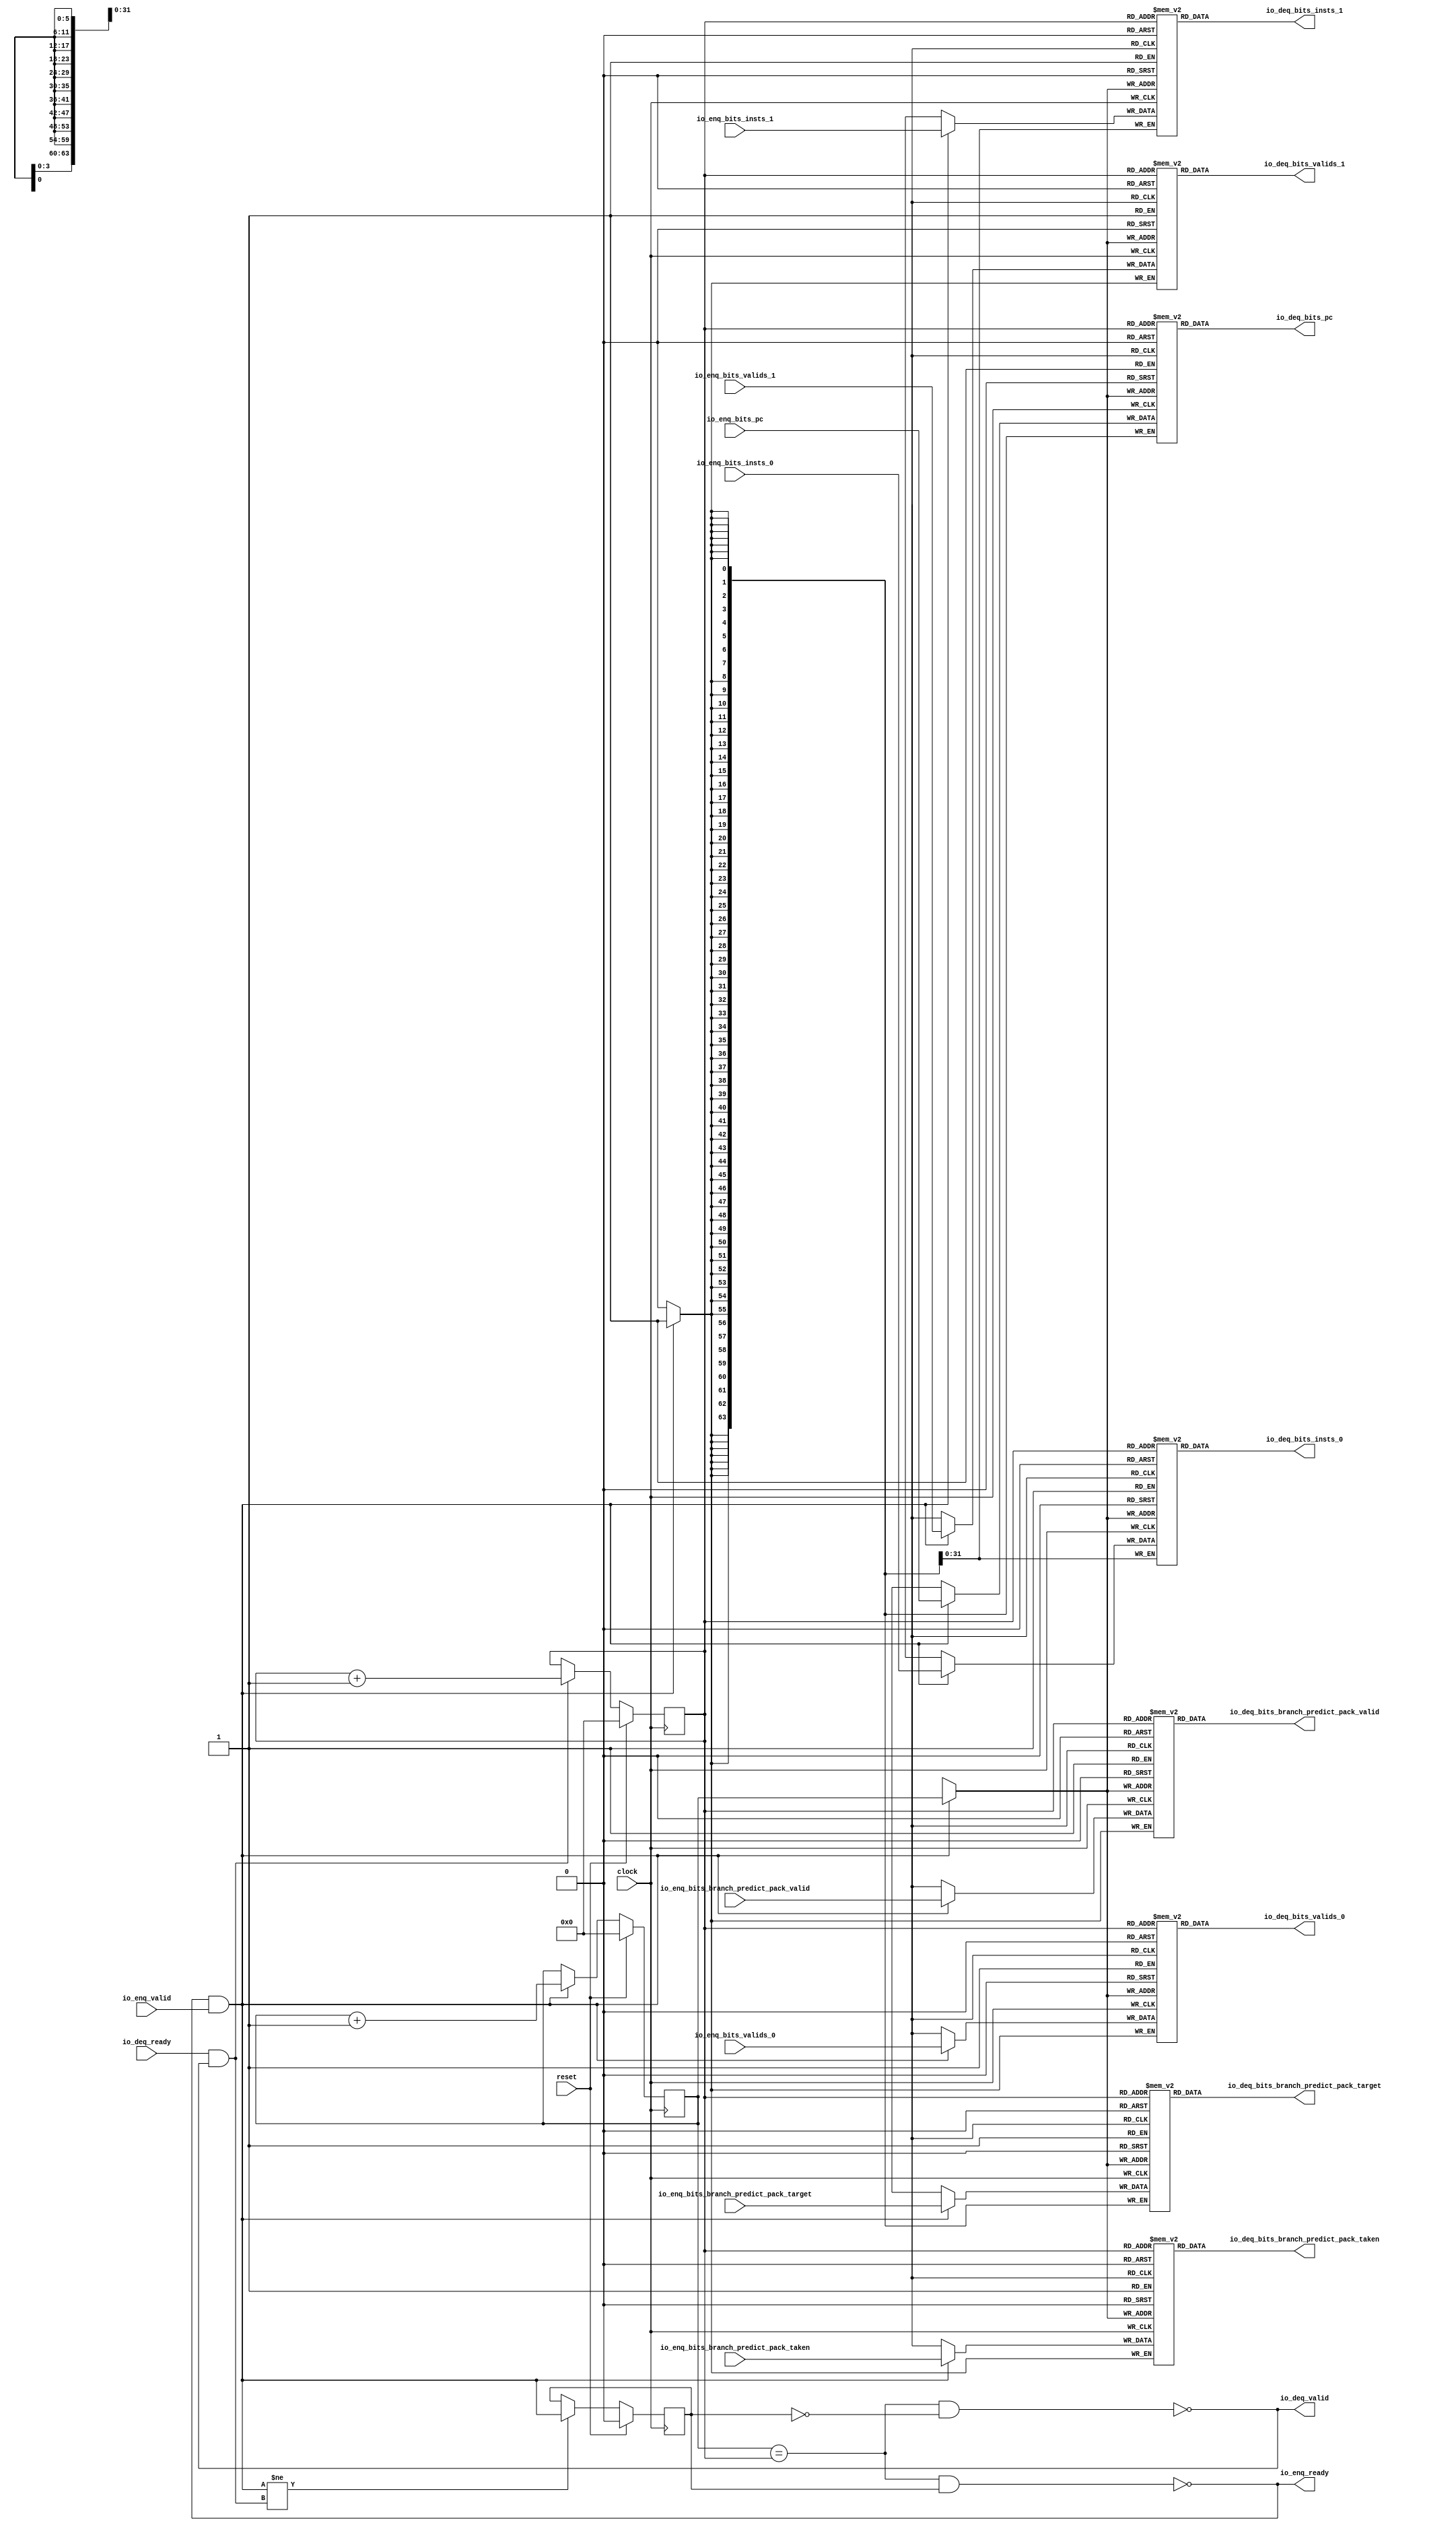
module Queue(
  input         clock,
  input         reset,
  output        io_enq_ready,
  input         io_enq_valid,
  input         io_enq_bits_valids_0,
  input         io_enq_bits_valids_1,
  input  [63:0] io_enq_bits_pc,
  input  [31:0] io_enq_bits_insts_0,
  input  [31:0] io_enq_bits_insts_1,
  input         io_enq_bits_branch_predict_pack_valid,
  input  [63:0] io_enq_bits_branch_predict_pack_target,
  input         io_enq_bits_branch_predict_pack_taken,
  input         io_deq_ready,
  output        io_deq_valid,
  output        io_deq_bits_valids_0,
  output        io_deq_bits_valids_1,
  output [63:0] io_deq_bits_pc,
  output [31:0] io_deq_bits_insts_0,
  output [31:0] io_deq_bits_insts_1,
  output        io_deq_bits_branch_predict_pack_valid,
  output [63:0] io_deq_bits_branch_predict_pack_target,
  output        io_deq_bits_branch_predict_pack_taken
);
`ifdef RANDOMIZE_MEM_INIT
  reg [31:0] _RAND_0;
  reg [31:0] _RAND_1;
  reg [63:0] _RAND_2;
  reg [31:0] _RAND_3;
  reg [31:0] _RAND_4;
  reg [31:0] _RAND_5;
  reg [63:0] _RAND_6;
  reg [31:0] _RAND_7;
`endif // RANDOMIZE_MEM_INIT
`ifdef RANDOMIZE_REG_INIT
  reg [31:0] _RAND_8;
  reg [31:0] _RAND_9;
  reg [31:0] _RAND_10;
`endif // RANDOMIZE_REG_INIT
  reg  ram_valids_0 [0:63]; // @[Decoupled.scala 275:95]
  wire  ram_valids_0_io_deq_bits_MPORT_en; // @[Decoupled.scala 275:95]
  wire [5:0] ram_valids_0_io_deq_bits_MPORT_addr; // @[Decoupled.scala 275:95]
  wire  ram_valids_0_io_deq_bits_MPORT_data; // @[Decoupled.scala 275:95]
  wire  ram_valids_0_MPORT_data; // @[Decoupled.scala 275:95]
  wire [5:0] ram_valids_0_MPORT_addr; // @[Decoupled.scala 275:95]
  wire  ram_valids_0_MPORT_mask; // @[Decoupled.scala 275:95]
  wire  ram_valids_0_MPORT_en; // @[Decoupled.scala 275:95]
  reg  ram_valids_1 [0:63]; // @[Decoupled.scala 275:95]
  wire  ram_valids_1_io_deq_bits_MPORT_en; // @[Decoupled.scala 275:95]
  wire [5:0] ram_valids_1_io_deq_bits_MPORT_addr; // @[Decoupled.scala 275:95]
  wire  ram_valids_1_io_deq_bits_MPORT_data; // @[Decoupled.scala 275:95]
  wire  ram_valids_1_MPORT_data; // @[Decoupled.scala 275:95]
  wire [5:0] ram_valids_1_MPORT_addr; // @[Decoupled.scala 275:95]
  wire  ram_valids_1_MPORT_mask; // @[Decoupled.scala 275:95]
  wire  ram_valids_1_MPORT_en; // @[Decoupled.scala 275:95]
  reg [63:0] ram_pc [0:63]; // @[Decoupled.scala 275:95]
  wire  ram_pc_io_deq_bits_MPORT_en; // @[Decoupled.scala 275:95]
  wire [5:0] ram_pc_io_deq_bits_MPORT_addr; // @[Decoupled.scala 275:95]
  wire [63:0] ram_pc_io_deq_bits_MPORT_data; // @[Decoupled.scala 275:95]
  wire [63:0] ram_pc_MPORT_data; // @[Decoupled.scala 275:95]
  wire [5:0] ram_pc_MPORT_addr; // @[Decoupled.scala 275:95]
  wire  ram_pc_MPORT_mask; // @[Decoupled.scala 275:95]
  wire  ram_pc_MPORT_en; // @[Decoupled.scala 275:95]
  reg [31:0] ram_insts_0 [0:63]; // @[Decoupled.scala 275:95]
  wire  ram_insts_0_io_deq_bits_MPORT_en; // @[Decoupled.scala 275:95]
  wire [5:0] ram_insts_0_io_deq_bits_MPORT_addr; // @[Decoupled.scala 275:95]
  wire [31:0] ram_insts_0_io_deq_bits_MPORT_data; // @[Decoupled.scala 275:95]
  wire [31:0] ram_insts_0_MPORT_data; // @[Decoupled.scala 275:95]
  wire [5:0] ram_insts_0_MPORT_addr; // @[Decoupled.scala 275:95]
  wire  ram_insts_0_MPORT_mask; // @[Decoupled.scala 275:95]
  wire  ram_insts_0_MPORT_en; // @[Decoupled.scala 275:95]
  reg [31:0] ram_insts_1 [0:63]; // @[Decoupled.scala 275:95]
  wire  ram_insts_1_io_deq_bits_MPORT_en; // @[Decoupled.scala 275:95]
  wire [5:0] ram_insts_1_io_deq_bits_MPORT_addr; // @[Decoupled.scala 275:95]
  wire [31:0] ram_insts_1_io_deq_bits_MPORT_data; // @[Decoupled.scala 275:95]
  wire [31:0] ram_insts_1_MPORT_data; // @[Decoupled.scala 275:95]
  wire [5:0] ram_insts_1_MPORT_addr; // @[Decoupled.scala 275:95]
  wire  ram_insts_1_MPORT_mask; // @[Decoupled.scala 275:95]
  wire  ram_insts_1_MPORT_en; // @[Decoupled.scala 275:95]
  reg  ram_branch_predict_pack_valid [0:63]; // @[Decoupled.scala 275:95]
  wire  ram_branch_predict_pack_valid_io_deq_bits_MPORT_en; // @[Decoupled.scala 275:95]
  wire [5:0] ram_branch_predict_pack_valid_io_deq_bits_MPORT_addr; // @[Decoupled.scala 275:95]
  wire  ram_branch_predict_pack_valid_io_deq_bits_MPORT_data; // @[Decoupled.scala 275:95]
  wire  ram_branch_predict_pack_valid_MPORT_data; // @[Decoupled.scala 275:95]
  wire [5:0] ram_branch_predict_pack_valid_MPORT_addr; // @[Decoupled.scala 275:95]
  wire  ram_branch_predict_pack_valid_MPORT_mask; // @[Decoupled.scala 275:95]
  wire  ram_branch_predict_pack_valid_MPORT_en; // @[Decoupled.scala 275:95]
  reg [63:0] ram_branch_predict_pack_target [0:63]; // @[Decoupled.scala 275:95]
  wire  ram_branch_predict_pack_target_io_deq_bits_MPORT_en; // @[Decoupled.scala 275:95]
  wire [5:0] ram_branch_predict_pack_target_io_deq_bits_MPORT_addr; // @[Decoupled.scala 275:95]
  wire [63:0] ram_branch_predict_pack_target_io_deq_bits_MPORT_data; // @[Decoupled.scala 275:95]
  wire [63:0] ram_branch_predict_pack_target_MPORT_data; // @[Decoupled.scala 275:95]
  wire [5:0] ram_branch_predict_pack_target_MPORT_addr; // @[Decoupled.scala 275:95]
  wire  ram_branch_predict_pack_target_MPORT_mask; // @[Decoupled.scala 275:95]
  wire  ram_branch_predict_pack_target_MPORT_en; // @[Decoupled.scala 275:95]
  reg  ram_branch_predict_pack_taken [0:63]; // @[Decoupled.scala 275:95]
  wire  ram_branch_predict_pack_taken_io_deq_bits_MPORT_en; // @[Decoupled.scala 275:95]
  wire [5:0] ram_branch_predict_pack_taken_io_deq_bits_MPORT_addr; // @[Decoupled.scala 275:95]
  wire  ram_branch_predict_pack_taken_io_deq_bits_MPORT_data; // @[Decoupled.scala 275:95]
  wire  ram_branch_predict_pack_taken_MPORT_data; // @[Decoupled.scala 275:95]
  wire [5:0] ram_branch_predict_pack_taken_MPORT_addr; // @[Decoupled.scala 275:95]
  wire  ram_branch_predict_pack_taken_MPORT_mask; // @[Decoupled.scala 275:95]
  wire  ram_branch_predict_pack_taken_MPORT_en; // @[Decoupled.scala 275:95]
  reg [5:0] enq_ptr_value; // @[Counter.scala 61:40]
  reg [5:0] deq_ptr_value; // @[Counter.scala 61:40]
  reg  maybe_full; // @[Decoupled.scala 278:27]
  wire  ptr_match = enq_ptr_value == deq_ptr_value; // @[Decoupled.scala 279:33]
  wire  empty = ptr_match & ~maybe_full; // @[Decoupled.scala 280:25]
  wire  full = ptr_match & maybe_full; // @[Decoupled.scala 281:24]
  wire  do_enq = io_enq_ready & io_enq_valid; // @[Decoupled.scala 52:35]
  wire  do_deq = io_deq_ready & io_deq_valid; // @[Decoupled.scala 52:35]
  wire [5:0] _value_T_1 = enq_ptr_value + 6'h1; // @[Counter.scala 77:24]
  wire [5:0] _value_T_3 = deq_ptr_value + 6'h1; // @[Counter.scala 77:24]
  assign ram_valids_0_io_deq_bits_MPORT_en = 1'h1;
  assign ram_valids_0_io_deq_bits_MPORT_addr = deq_ptr_value;
  assign ram_valids_0_io_deq_bits_MPORT_data = ram_valids_0[ram_valids_0_io_deq_bits_MPORT_addr]; // @[Decoupled.scala 275:95]
  assign ram_valids_0_MPORT_data = io_enq_bits_valids_0;
  assign ram_valids_0_MPORT_addr = enq_ptr_value;
  assign ram_valids_0_MPORT_mask = 1'h1;
  assign ram_valids_0_MPORT_en = io_enq_ready & io_enq_valid;
  assign ram_valids_1_io_deq_bits_MPORT_en = 1'h1;
  assign ram_valids_1_io_deq_bits_MPORT_addr = deq_ptr_value;
  assign ram_valids_1_io_deq_bits_MPORT_data = ram_valids_1[ram_valids_1_io_deq_bits_MPORT_addr]; // @[Decoupled.scala 275:95]
  assign ram_valids_1_MPORT_data = io_enq_bits_valids_1;
  assign ram_valids_1_MPORT_addr = enq_ptr_value;
  assign ram_valids_1_MPORT_mask = 1'h1;
  assign ram_valids_1_MPORT_en = io_enq_ready & io_enq_valid;
  assign ram_pc_io_deq_bits_MPORT_en = 1'h1;
  assign ram_pc_io_deq_bits_MPORT_addr = deq_ptr_value;
  assign ram_pc_io_deq_bits_MPORT_data = ram_pc[ram_pc_io_deq_bits_MPORT_addr]; // @[Decoupled.scala 275:95]
  assign ram_pc_MPORT_data = io_enq_bits_pc;
  assign ram_pc_MPORT_addr = enq_ptr_value;
  assign ram_pc_MPORT_mask = 1'h1;
  assign ram_pc_MPORT_en = io_enq_ready & io_enq_valid;
  assign ram_insts_0_io_deq_bits_MPORT_en = 1'h1;
  assign ram_insts_0_io_deq_bits_MPORT_addr = deq_ptr_value;
  assign ram_insts_0_io_deq_bits_MPORT_data = ram_insts_0[ram_insts_0_io_deq_bits_MPORT_addr]; // @[Decoupled.scala 275:95]
  assign ram_insts_0_MPORT_data = io_enq_bits_insts_0;
  assign ram_insts_0_MPORT_addr = enq_ptr_value;
  assign ram_insts_0_MPORT_mask = 1'h1;
  assign ram_insts_0_MPORT_en = io_enq_ready & io_enq_valid;
  assign ram_insts_1_io_deq_bits_MPORT_en = 1'h1;
  assign ram_insts_1_io_deq_bits_MPORT_addr = deq_ptr_value;
  assign ram_insts_1_io_deq_bits_MPORT_data = ram_insts_1[ram_insts_1_io_deq_bits_MPORT_addr]; // @[Decoupled.scala 275:95]
  assign ram_insts_1_MPORT_data = io_enq_bits_insts_1;
  assign ram_insts_1_MPORT_addr = enq_ptr_value;
  assign ram_insts_1_MPORT_mask = 1'h1;
  assign ram_insts_1_MPORT_en = io_enq_ready & io_enq_valid;
  assign ram_branch_predict_pack_valid_io_deq_bits_MPORT_en = 1'h1;
  assign ram_branch_predict_pack_valid_io_deq_bits_MPORT_addr = deq_ptr_value;
  assign ram_branch_predict_pack_valid_io_deq_bits_MPORT_data =
    ram_branch_predict_pack_valid[ram_branch_predict_pack_valid_io_deq_bits_MPORT_addr]; // @[Decoupled.scala 275:95]
  assign ram_branch_predict_pack_valid_MPORT_data = io_enq_bits_branch_predict_pack_valid;
  assign ram_branch_predict_pack_valid_MPORT_addr = enq_ptr_value;
  assign ram_branch_predict_pack_valid_MPORT_mask = 1'h1;
  assign ram_branch_predict_pack_valid_MPORT_en = io_enq_ready & io_enq_valid;
  assign ram_branch_predict_pack_target_io_deq_bits_MPORT_en = 1'h1;
  assign ram_branch_predict_pack_target_io_deq_bits_MPORT_addr = deq_ptr_value;
  assign ram_branch_predict_pack_target_io_deq_bits_MPORT_data =
    ram_branch_predict_pack_target[ram_branch_predict_pack_target_io_deq_bits_MPORT_addr]; // @[Decoupled.scala 275:95]
  assign ram_branch_predict_pack_target_MPORT_data = io_enq_bits_branch_predict_pack_target;
  assign ram_branch_predict_pack_target_MPORT_addr = enq_ptr_value;
  assign ram_branch_predict_pack_target_MPORT_mask = 1'h1;
  assign ram_branch_predict_pack_target_MPORT_en = io_enq_ready & io_enq_valid;
  assign ram_branch_predict_pack_taken_io_deq_bits_MPORT_en = 1'h1;
  assign ram_branch_predict_pack_taken_io_deq_bits_MPORT_addr = deq_ptr_value;
  assign ram_branch_predict_pack_taken_io_deq_bits_MPORT_data =
    ram_branch_predict_pack_taken[ram_branch_predict_pack_taken_io_deq_bits_MPORT_addr]; // @[Decoupled.scala 275:95]
  assign ram_branch_predict_pack_taken_MPORT_data = io_enq_bits_branch_predict_pack_taken;
  assign ram_branch_predict_pack_taken_MPORT_addr = enq_ptr_value;
  assign ram_branch_predict_pack_taken_MPORT_mask = 1'h1;
  assign ram_branch_predict_pack_taken_MPORT_en = io_enq_ready & io_enq_valid;
  assign io_enq_ready = ~full; // @[Decoupled.scala 305:19]
  assign io_deq_valid = ~empty; // @[Decoupled.scala 304:19]
  assign io_deq_bits_valids_0 = ram_valids_0_io_deq_bits_MPORT_data; // @[Decoupled.scala 312:17]
  assign io_deq_bits_valids_1 = ram_valids_1_io_deq_bits_MPORT_data; // @[Decoupled.scala 312:17]
  assign io_deq_bits_pc = ram_pc_io_deq_bits_MPORT_data; // @[Decoupled.scala 312:17]
  assign io_deq_bits_insts_0 = ram_insts_0_io_deq_bits_MPORT_data; // @[Decoupled.scala 312:17]
  assign io_deq_bits_insts_1 = ram_insts_1_io_deq_bits_MPORT_data; // @[Decoupled.scala 312:17]
  assign io_deq_bits_branch_predict_pack_valid = ram_branch_predict_pack_valid_io_deq_bits_MPORT_data; // @[Decoupled.scala 312:17]
  assign io_deq_bits_branch_predict_pack_target = ram_branch_predict_pack_target_io_deq_bits_MPORT_data; // @[Decoupled.scala 312:17]
  assign io_deq_bits_branch_predict_pack_taken = ram_branch_predict_pack_taken_io_deq_bits_MPORT_data; // @[Decoupled.scala 312:17]
  always @(posedge clock) begin
    if (ram_valids_0_MPORT_en & ram_valids_0_MPORT_mask) begin
      ram_valids_0[ram_valids_0_MPORT_addr] <= ram_valids_0_MPORT_data; // @[Decoupled.scala 275:95]
    end
    if (ram_valids_1_MPORT_en & ram_valids_1_MPORT_mask) begin
      ram_valids_1[ram_valids_1_MPORT_addr] <= ram_valids_1_MPORT_data; // @[Decoupled.scala 275:95]
    end
    if (ram_pc_MPORT_en & ram_pc_MPORT_mask) begin
      ram_pc[ram_pc_MPORT_addr] <= ram_pc_MPORT_data; // @[Decoupled.scala 275:95]
    end
    if (ram_insts_0_MPORT_en & ram_insts_0_MPORT_mask) begin
      ram_insts_0[ram_insts_0_MPORT_addr] <= ram_insts_0_MPORT_data; // @[Decoupled.scala 275:95]
    end
    if (ram_insts_1_MPORT_en & ram_insts_1_MPORT_mask) begin
      ram_insts_1[ram_insts_1_MPORT_addr] <= ram_insts_1_MPORT_data; // @[Decoupled.scala 275:95]
    end
    if (ram_branch_predict_pack_valid_MPORT_en & ram_branch_predict_pack_valid_MPORT_mask) begin
      ram_branch_predict_pack_valid[ram_branch_predict_pack_valid_MPORT_addr] <=
        ram_branch_predict_pack_valid_MPORT_data; // @[Decoupled.scala 275:95]
    end
    if (ram_branch_predict_pack_target_MPORT_en & ram_branch_predict_pack_target_MPORT_mask) begin
      ram_branch_predict_pack_target[ram_branch_predict_pack_target_MPORT_addr] <=
        ram_branch_predict_pack_target_MPORT_data; // @[Decoupled.scala 275:95]
    end
    if (ram_branch_predict_pack_taken_MPORT_en & ram_branch_predict_pack_taken_MPORT_mask) begin
      ram_branch_predict_pack_taken[ram_branch_predict_pack_taken_MPORT_addr] <=
        ram_branch_predict_pack_taken_MPORT_data; // @[Decoupled.scala 275:95]
    end
    if (reset) begin // @[Counter.scala 61:40]
      enq_ptr_value <= 6'h0; // @[Counter.scala 61:40]
    end else if (do_enq) begin // @[Decoupled.scala 288:16]
      enq_ptr_value <= _value_T_1; // @[Counter.scala 77:15]
    end
    if (reset) begin // @[Counter.scala 61:40]
      deq_ptr_value <= 6'h0; // @[Counter.scala 61:40]
    end else if (do_deq) begin // @[Decoupled.scala 292:16]
      deq_ptr_value <= _value_T_3; // @[Counter.scala 77:15]
    end
    if (reset) begin // @[Decoupled.scala 278:27]
      maybe_full <= 1'h0; // @[Decoupled.scala 278:27]
    end else if (do_enq != do_deq) begin // @[Decoupled.scala 295:27]
      maybe_full <= do_enq; // @[Decoupled.scala 296:16]
    end
  end
// Register and memory initialization
`ifdef RANDOMIZE_GARBAGE_ASSIGN
`define RANDOMIZE
`endif
`ifdef RANDOMIZE_INVALID_ASSIGN
`define RANDOMIZE
`endif
`ifdef RANDOMIZE_REG_INIT
`define RANDOMIZE
`endif
`ifdef RANDOMIZE_MEM_INIT
`define RANDOMIZE
`endif
`ifndef RANDOM
`define RANDOM $random
`endif
`ifdef RANDOMIZE_MEM_INIT
  integer initvar;
`endif
`ifndef SYNTHESIS
`ifdef FIRRTL_BEFORE_INITIAL
`FIRRTL_BEFORE_INITIAL
`endif
initial begin
  `ifdef RANDOMIZE
    `ifdef INIT_RANDOM
      `INIT_RANDOM
    `endif
    `ifndef VERILATOR
      `ifdef RANDOMIZE_DELAY
        #`RANDOMIZE_DELAY begin end
      `else
        #0.002 begin end
      `endif
    `endif
`ifdef RANDOMIZE_MEM_INIT
  _RAND_0 = {1{`RANDOM}};
  for (initvar = 0; initvar < 64; initvar = initvar+1)
    ram_valids_0[initvar] = _RAND_0[0:0];
  _RAND_1 = {1{`RANDOM}};
  for (initvar = 0; initvar < 64; initvar = initvar+1)
    ram_valids_1[initvar] = _RAND_1[0:0];
  _RAND_2 = {2{`RANDOM}};
  for (initvar = 0; initvar < 64; initvar = initvar+1)
    ram_pc[initvar] = _RAND_2[63:0];
  _RAND_3 = {1{`RANDOM}};
  for (initvar = 0; initvar < 64; initvar = initvar+1)
    ram_insts_0[initvar] = _RAND_3[31:0];
  _RAND_4 = {1{`RANDOM}};
  for (initvar = 0; initvar < 64; initvar = initvar+1)
    ram_insts_1[initvar] = _RAND_4[31:0];
  _RAND_5 = {1{`RANDOM}};
  for (initvar = 0; initvar < 64; initvar = initvar+1)
    ram_branch_predict_pack_valid[initvar] = _RAND_5[0:0];
  _RAND_6 = {2{`RANDOM}};
  for (initvar = 0; initvar < 64; initvar = initvar+1)
    ram_branch_predict_pack_target[initvar] = _RAND_6[63:0];
  _RAND_7 = {1{`RANDOM}};
  for (initvar = 0; initvar < 64; initvar = initvar+1)
    ram_branch_predict_pack_taken[initvar] = _RAND_7[0:0];
`endif // RANDOMIZE_MEM_INIT
`ifdef RANDOMIZE_REG_INIT
  _RAND_8 = {1{`RANDOM}};
  enq_ptr_value = _RAND_8[5:0];
  _RAND_9 = {1{`RANDOM}};
  deq_ptr_value = _RAND_9[5:0];
  _RAND_10 = {1{`RANDOM}};
  maybe_full = _RAND_10[0:0];
`endif // RANDOMIZE_REG_INIT
  `endif // RANDOMIZE
end // initial
`ifdef FIRRTL_AFTER_INITIAL
`FIRRTL_AFTER_INITIAL
`endif
`endif // SYNTHESIS
endmodule